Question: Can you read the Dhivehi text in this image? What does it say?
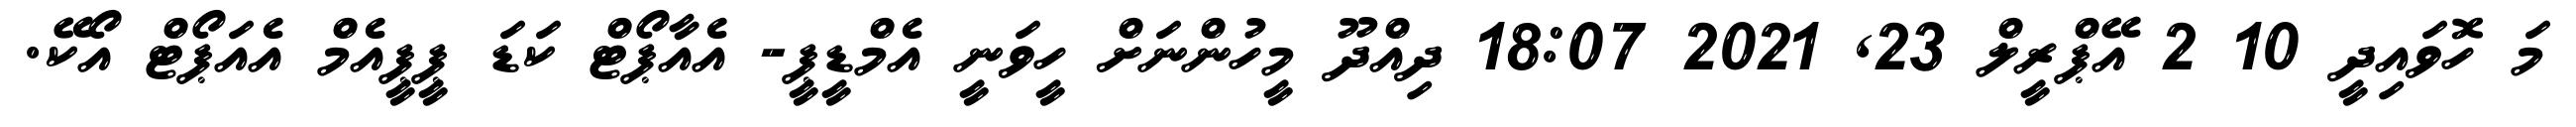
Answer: މަ ހޮވައިދީ 10 2 އޭޕްރީލް 23, 2021 18:07 ދިއްދޫ މީހުންނަށް ހީވަނީ އެމްޑީޕީ- އެއާޕޯޓް ކަޑަ ޕީޕީއެމް އެއަޕޯޓް އޯކޭ.